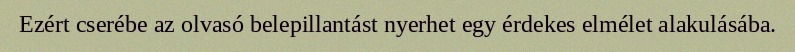
Ezért cserébe az olvasó belepillantást nyerhet egy érdekes elmélet alakulásába.